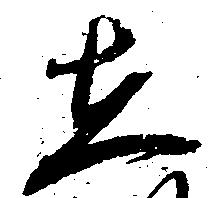
在